Madras plague regulations and rules - Volume 1
Disease focus: Plague
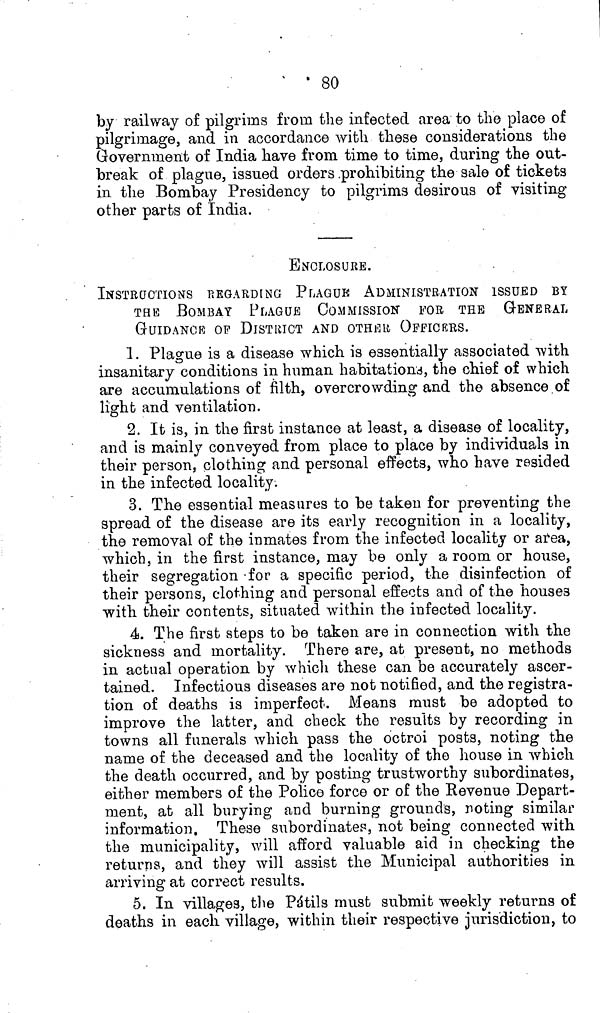
80
by railway of pilgrims from the infected area to the place of
pilgrimage, and in accordance with these considerations the
Government of India have from time to time, during the out-
break of plague, issued orders prohibiting the sale of tickets
in the Bombay Presidency to pilgrims desirous of visiting
other parts of India.
ENCLOSURE.
INSTRUCTIONS REGARDING PLAGUE ADMINISTRATION ISSUED BY
THE BOMBAY PLAGUE COMMISSION FOR THE GENERAL
GUIDANCE OF DISTRICT AND OTHER OFFICERS.
1. Plague is a disease which is essentially associated with
insanitary conditions in human habitations, the chief of which
are accumulations of filth, overcrowding and the absence of
light and ventilation.
2. It is, in the first instance at least, a disease of locality,
and is mainly conveyed from place to place by individuals in
their person, clothing and personal effects, who have resided
in the infected locality.
3. The essential measures to be taken for preventing the
spread of the disease are its early recognition in a locality,
the removal of the inmates from the infected locality or area,
which, in the first instance, may be only a room or house,
their segregation for a specific period, the disinfection of
their persons, clothing and personal effects and of the houses
with their contents, situated within the infected locality.
4. The first steps to be taken are in connection with the
sickness and mortality. There are, at present, no methods
in actual operation by which these can be accurately ascer-
tained. Infectious diseases are not notified, and the registra-
tion of deaths is imperfect. Means must be adopted to
improve the latter, and check the results by recording in
towns all funerals which pass the octroi posts, noting the
name of the deceased and the locality of the house in which
the death occurred, and by posting trustworthy subordinates,
either members of the Police force or of the Revenue Depart-
ment, at all burying and burning grounds, noting similar
information, These subordinates, not being connected with
the municipality, will afford valuable aid in checking the
returns, and they will assist the Municipal authorities in
arriving at correct results.
5. In villages, the Pátils must submit weekly returns of
deaths in each village, within their respective jurisdiction, to